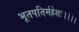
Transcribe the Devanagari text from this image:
भूतपतिर्महेशः।।।।